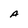
Character: A